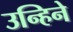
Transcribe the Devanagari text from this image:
उन्हिने